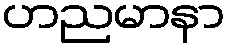
ဟညမာနာ